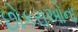
છોકરાઓના